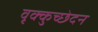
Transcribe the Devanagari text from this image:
वृक्कुच्छेदन